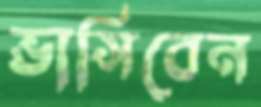
ভাসিবেন